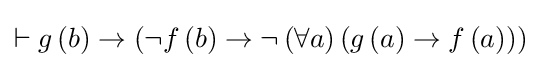
\vdash g\left(b\right)\to \left(\lnot f\left(b\right)\to \lnot \left(\forall a\right)\left(g\left(a\right)\to f\left(a\right)\right)\right)